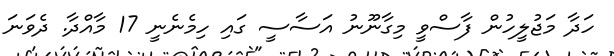
ހަދާ މަޖުލީހުން ފާސްވީ މިގާނޫނު އަސާސީ ގައި ހިމެނެނީ 17 މާއްދާ. ދެވަނަ